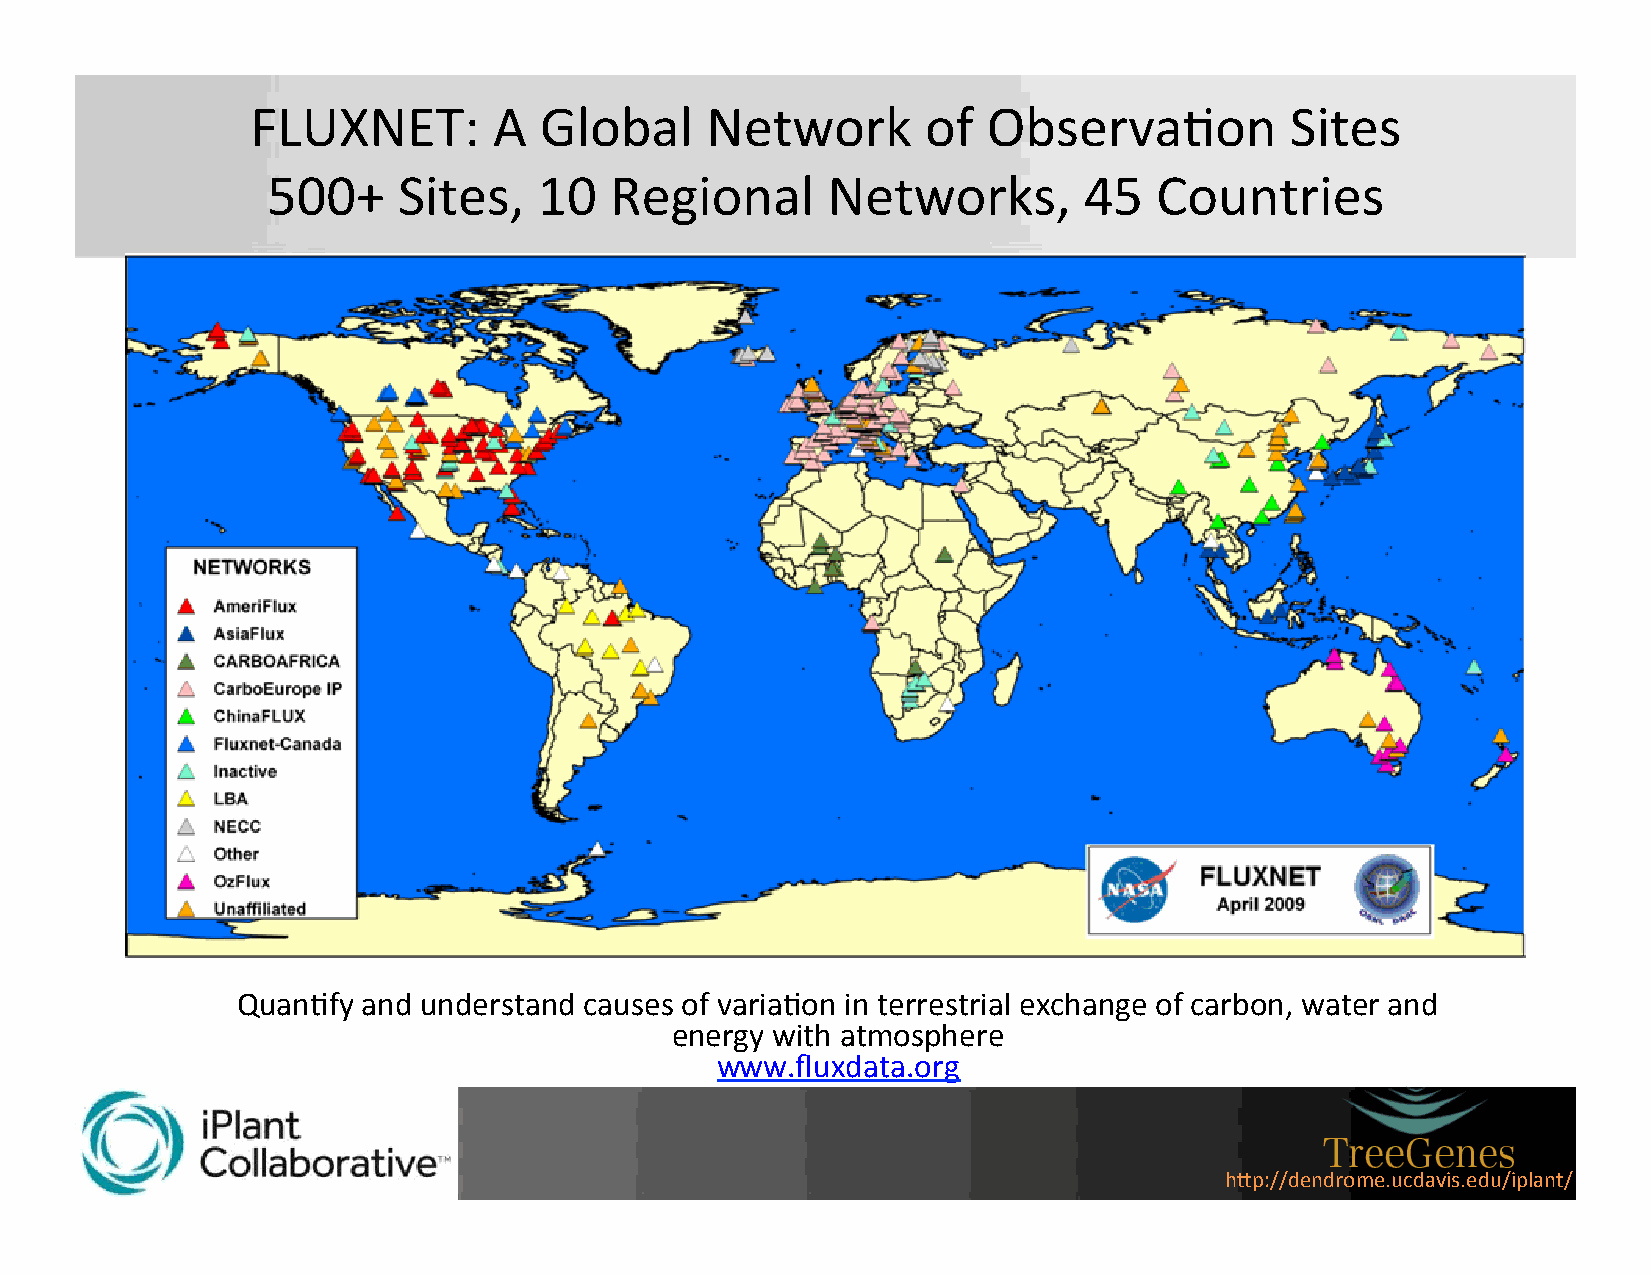
FLUXNET:        A  Global     Network       of  ObservaPon          Sites
 500+    Sites,    10  Regional       Networks,        45   Countries
 QuanPfy and understand causes of variaPon in terrestrial exchange of carbon, water and
 energy with atmosphere
 www.fluxdata.org
 h"p://dendrome.ucdavis.edu/iplant/